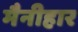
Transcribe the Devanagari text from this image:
मैनीहार